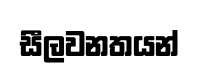
සීලවනතයන්